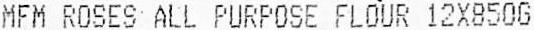
MFM ROSES ALL PURPOSE FLOUR 12X850G